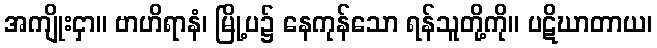
အကျိုးငှာ။ ဗာဟိရာနံ၊ မြို့ပ၌ နေကုန်သော ရန်သူတို့ကို။ ပဋိဃာတာယ၊